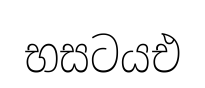
භසටයඑ